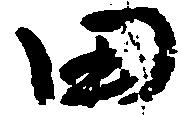
田